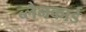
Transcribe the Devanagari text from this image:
ब्लैनकार्ड